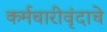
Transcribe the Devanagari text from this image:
कर्मचारीवृंदाचे